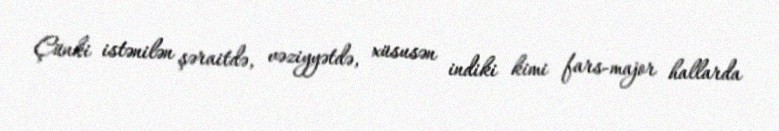
Çünki istənilən şəraitdə, vəziyyətdə, xüsusən indiki kimi fars-major hallarda